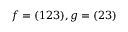
f = ( 1 2 3 ) , g = ( 2 3 )